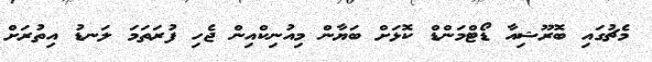
މެޗުގައި ބޮރޫޝިއާ ޑޯޓްމަންޑް ކޮޅަށް ބަޔާން މިއުނިކްއިން ޖެހި ފުރަތަމަ ލަނޑު އިތުރަށް